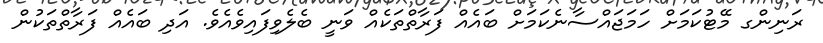
ރަނިންގ މޭޓުކަމަށް ހަމަޖައްސާނެކަމަށް ބައެއް ފަރާތްތަކެއް ވަނީ ބެލެވިފައިވެއެވެ. އަދި ބައެއް ފަރާތްތަކުން